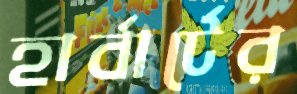
হার্বার্টের